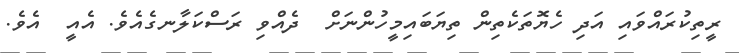
ރީތިކުރައްވައި އަދި ހެޔޮތަކެތިން ތިޔަބައިމީހުންނަށް  ދެއްވި ރަސްކަލާނގެއެވެ. އެއީ  އެވެ.